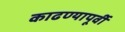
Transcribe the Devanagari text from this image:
काढण्यापूर्वी